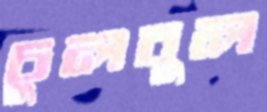
চুলবুল